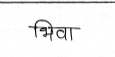
मजकूर: भिवा